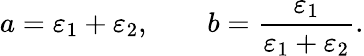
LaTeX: a=\varepsilon_{1}+\varepsilon_{2},\qquad b=\frac{\varepsilon_{1}}{\varepsilon_{1}+\varepsilon_{2}}.